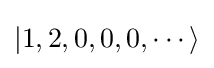
|1,2,0,0,0,\cdots \rangle